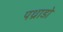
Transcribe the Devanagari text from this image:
पथ्राडो